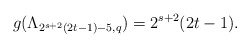
\begin{align*} g(\Lambda_{2^{s+2}(2t-1)-5,q})=2^{s+2}(2t-1).\end{align*}